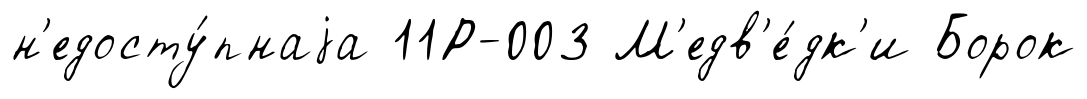
н'едосту́пнаjа 11Р-003 М'едв'е́дк'и Борок